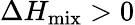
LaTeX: \Delta H_{\mathrm{mix}}>0